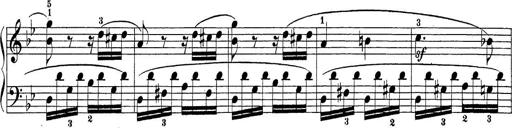
Title: Sonatina Album
Composer: Louis KÃ¶hler